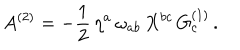
LaTeX: A ^ { ( 2 ) } = - { \frac { 1 } { 2 } } \, \eta ^ { a } \, \omega _ { a b } \, X ^ { b c } \, G _ { c } ^ { ( 1 ) } \, .